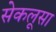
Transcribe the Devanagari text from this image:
सेकलूसा